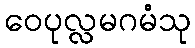
ဝေပုလ္လမဂမံသု